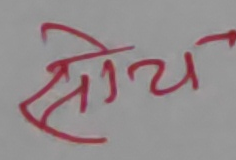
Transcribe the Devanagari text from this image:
सोच